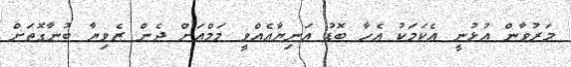
މަރުވާން އުޅުނީ އެކަމަކު އެހާ ބޮޑު އަނިޔާއެއްވީ މަމްއަށް ދެން ޒެވިޔާ ބުނާގޮތަށް